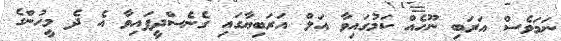
ނަމަވެސް އަރަބި ނޫހެއް ކަމުގައިވާ އަލް އަރަބިޔާގައި ގެނެސްދީފައިވާ އެ ދެ މީހުންގެ